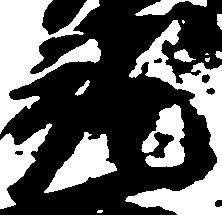
就